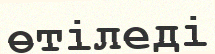
өтіледі